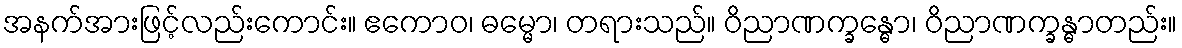
အနက်အားဖြင့်လည်းကောင်း။ ဧကောဝ၊ ဓမ္မော၊ တရားသည်။ ဝိညာဏက္ခန္ဓော၊ ဝိညာဏက္ခန္ဓာတည်း။